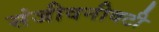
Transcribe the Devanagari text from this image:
संजीवनीवटी